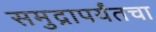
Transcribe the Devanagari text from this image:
समुद्रापर्यंतचा